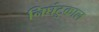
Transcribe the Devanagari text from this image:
निघंटुकाल